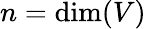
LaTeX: n=\dim(V)